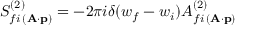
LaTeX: S _ { f i \, ( { \bf A \cdot p } ) } ^ { ( 2 ) } = - 2 \pi i \delta ( w _ { f } - w _ { i } ) { \cal A } _ { f i \, ( { \bf A \cdot p } ) } ^ { ( 2 ) }